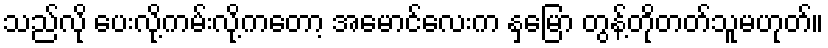
သည်လို ပေးလို့ကမ်းလို့ကတော့ အမောင်လေးက နှမြော တွန့်တိုတတ်သူမဟုတ်။